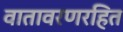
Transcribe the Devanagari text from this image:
वातावरणरहित